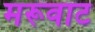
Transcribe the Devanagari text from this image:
मरूवाट